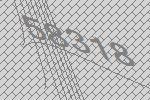
58318